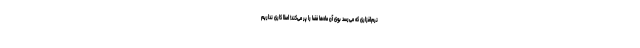
نرم‌افزاری که می‌رسد بوی آن ماه‌ها فضا را پر می‌کند! اصلاً کاری نداریم